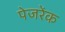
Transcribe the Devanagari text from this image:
पेजरेंक